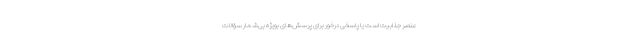
عنصر جذابیت است یا پاسخی درخور برای پرسش‌های بویژه بی‌شمار سؤالات